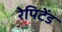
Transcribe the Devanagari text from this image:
रेपिटेंड